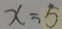
x = 5